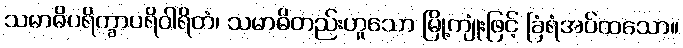
သမာဓိပရိက္ခာပရိဝါရိတံ၊ သမာဓိတည်းဟူသော မြို့ကျုံးဖြင့် ခြံရံအပ်ထသော။